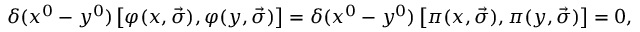
\delta ( x ^ { 0 } - y ^ { 0 } ) \left[ \varphi ( x , \vec { \sigma } ) , \varphi ( y , \vec { \sigma } ) \right] = \delta ( x ^ { 0 } - y ^ { 0 } ) \left[ \pi ( x , \vec { \sigma } ) , \pi ( y , \vec { \sigma } ) \right] = 0 ,